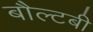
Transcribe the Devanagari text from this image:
बौल्टबी